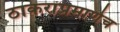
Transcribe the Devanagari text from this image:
ठाकरांप्रमाणेच